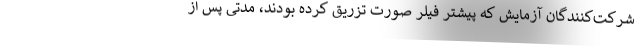
شرکت‌کنندگان آزمایش که پیشتر فیلر صورت تزریق کرده بودند، مدتی پس از